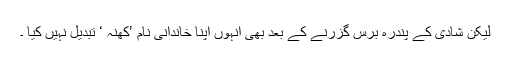
لیکن شادی کے پندرہ برس گزرنے کے بعد بھی انہوں اپنا خاندانی نام ’کھنہ ‘ تبدیل نہیں کیا ۔